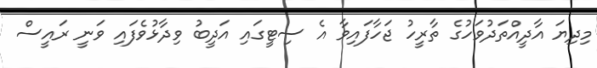
މިދިޔަ އާދީއްތަދުވަހުގެ ތާރީހު ޖަހާފައިވާ އެ ސިޓީގައި އަދީބު ވިދާޅުވެފައި ވަނީ ރައީސް